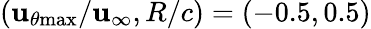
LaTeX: (\mathbf{u}_{\theta\mathrm{{{max}}}}/\mathbf{u}_{\infty},R/c)=(-0.5,0.5)